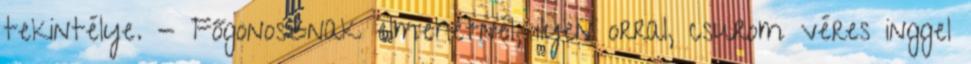
tekintélye. - Főgonosznak elmehetnél, ilyen orral, csurom véres inggel